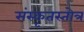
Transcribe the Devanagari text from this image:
संस्कृतस्तोत्र